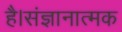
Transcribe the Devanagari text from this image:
है।संज्ञानात्मक